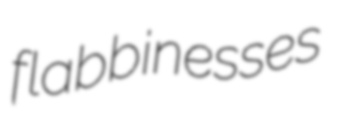
flabbinesses